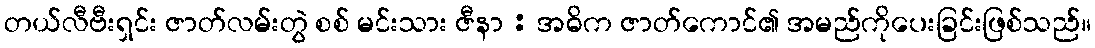
တယ်လီဗီးရှင်း ဇာတ်လမ်းတွဲ စစ် မင်းသား ဇီနာ : အဓိက ဇာတ်ကောင်၏ အမည်ကိုပေးခြင်းဖြစ်သည်။